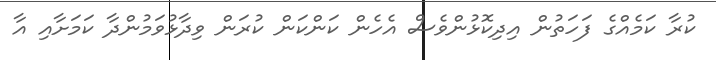
ކުރާ ކަމެއްގެ ފަހަތުން އިދިކޮޅުންވެސް އެހެން ކަންކަން ކުރަން ވިދާޅުވަމުންދާ ކަމަށާއި އާ